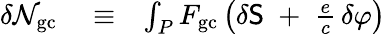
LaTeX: \begin{array}{rlr}{\delta{\cal N}_{\mathrm{gc}}}&{{}\equiv}&{\int_{P}F_{\mathrm{gc}}\left(\delta{\sf S}\; +\; \frac{e}{c}\, \delta\varphi\right)}\end{array}